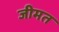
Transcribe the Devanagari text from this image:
जीमत